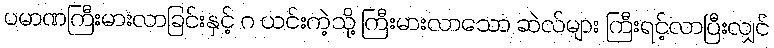
ပမာဏကြီးမားလာခြင်းနှင့် ဂ ယင်းကဲ့သို့ ကြီးမားလာသော ဆဲလ်များ ကြီးရင့်လာပြီးလျှင်